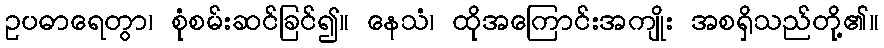
ဥပဓာရေတွာ၊ စုံစမ်းဆင်ခြင်၍။ နေသံ၊ ထိုအကြောင်းအကျိုး အစရှိသည်တို့၏။